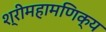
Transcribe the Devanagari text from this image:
श्रीमहामणिक्य